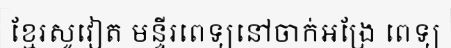
ខ្មែរសូវៀត មន្ទីរពេទ្យនៅចាក់អង្រែ ពេទ្យ